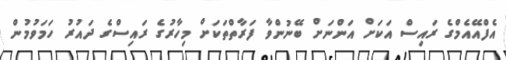
އެފްއޭއެމްގެ ރައިސް އަކަށް އަންނަށް ބޭނުންވާ ފަރާތްތަކަށް މިހާރުގެ ރައިސްގެ ދައުރު ހަމަވުމުން